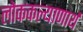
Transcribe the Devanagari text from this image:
लोककल्याणार्थ